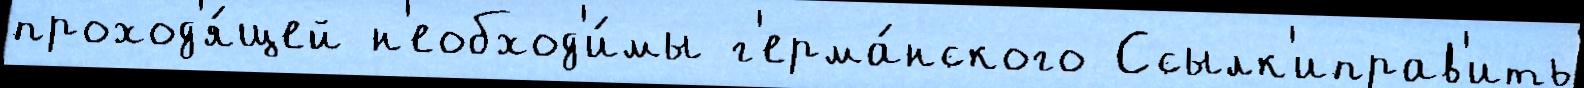
проход'я́щей н'еобход'и́мы г'ерма́нского Ссылк'иправ'ить